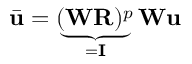
\bar { \mathbf { u } } = \underbrace { ( \mathbf { W } \mathbf { R } ) ^ { p } } _ { = \mathbf { I } } \mathbf { W } \mathbf { u }